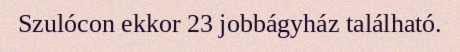
Szulócon ekkor 23 jobbágyház található.